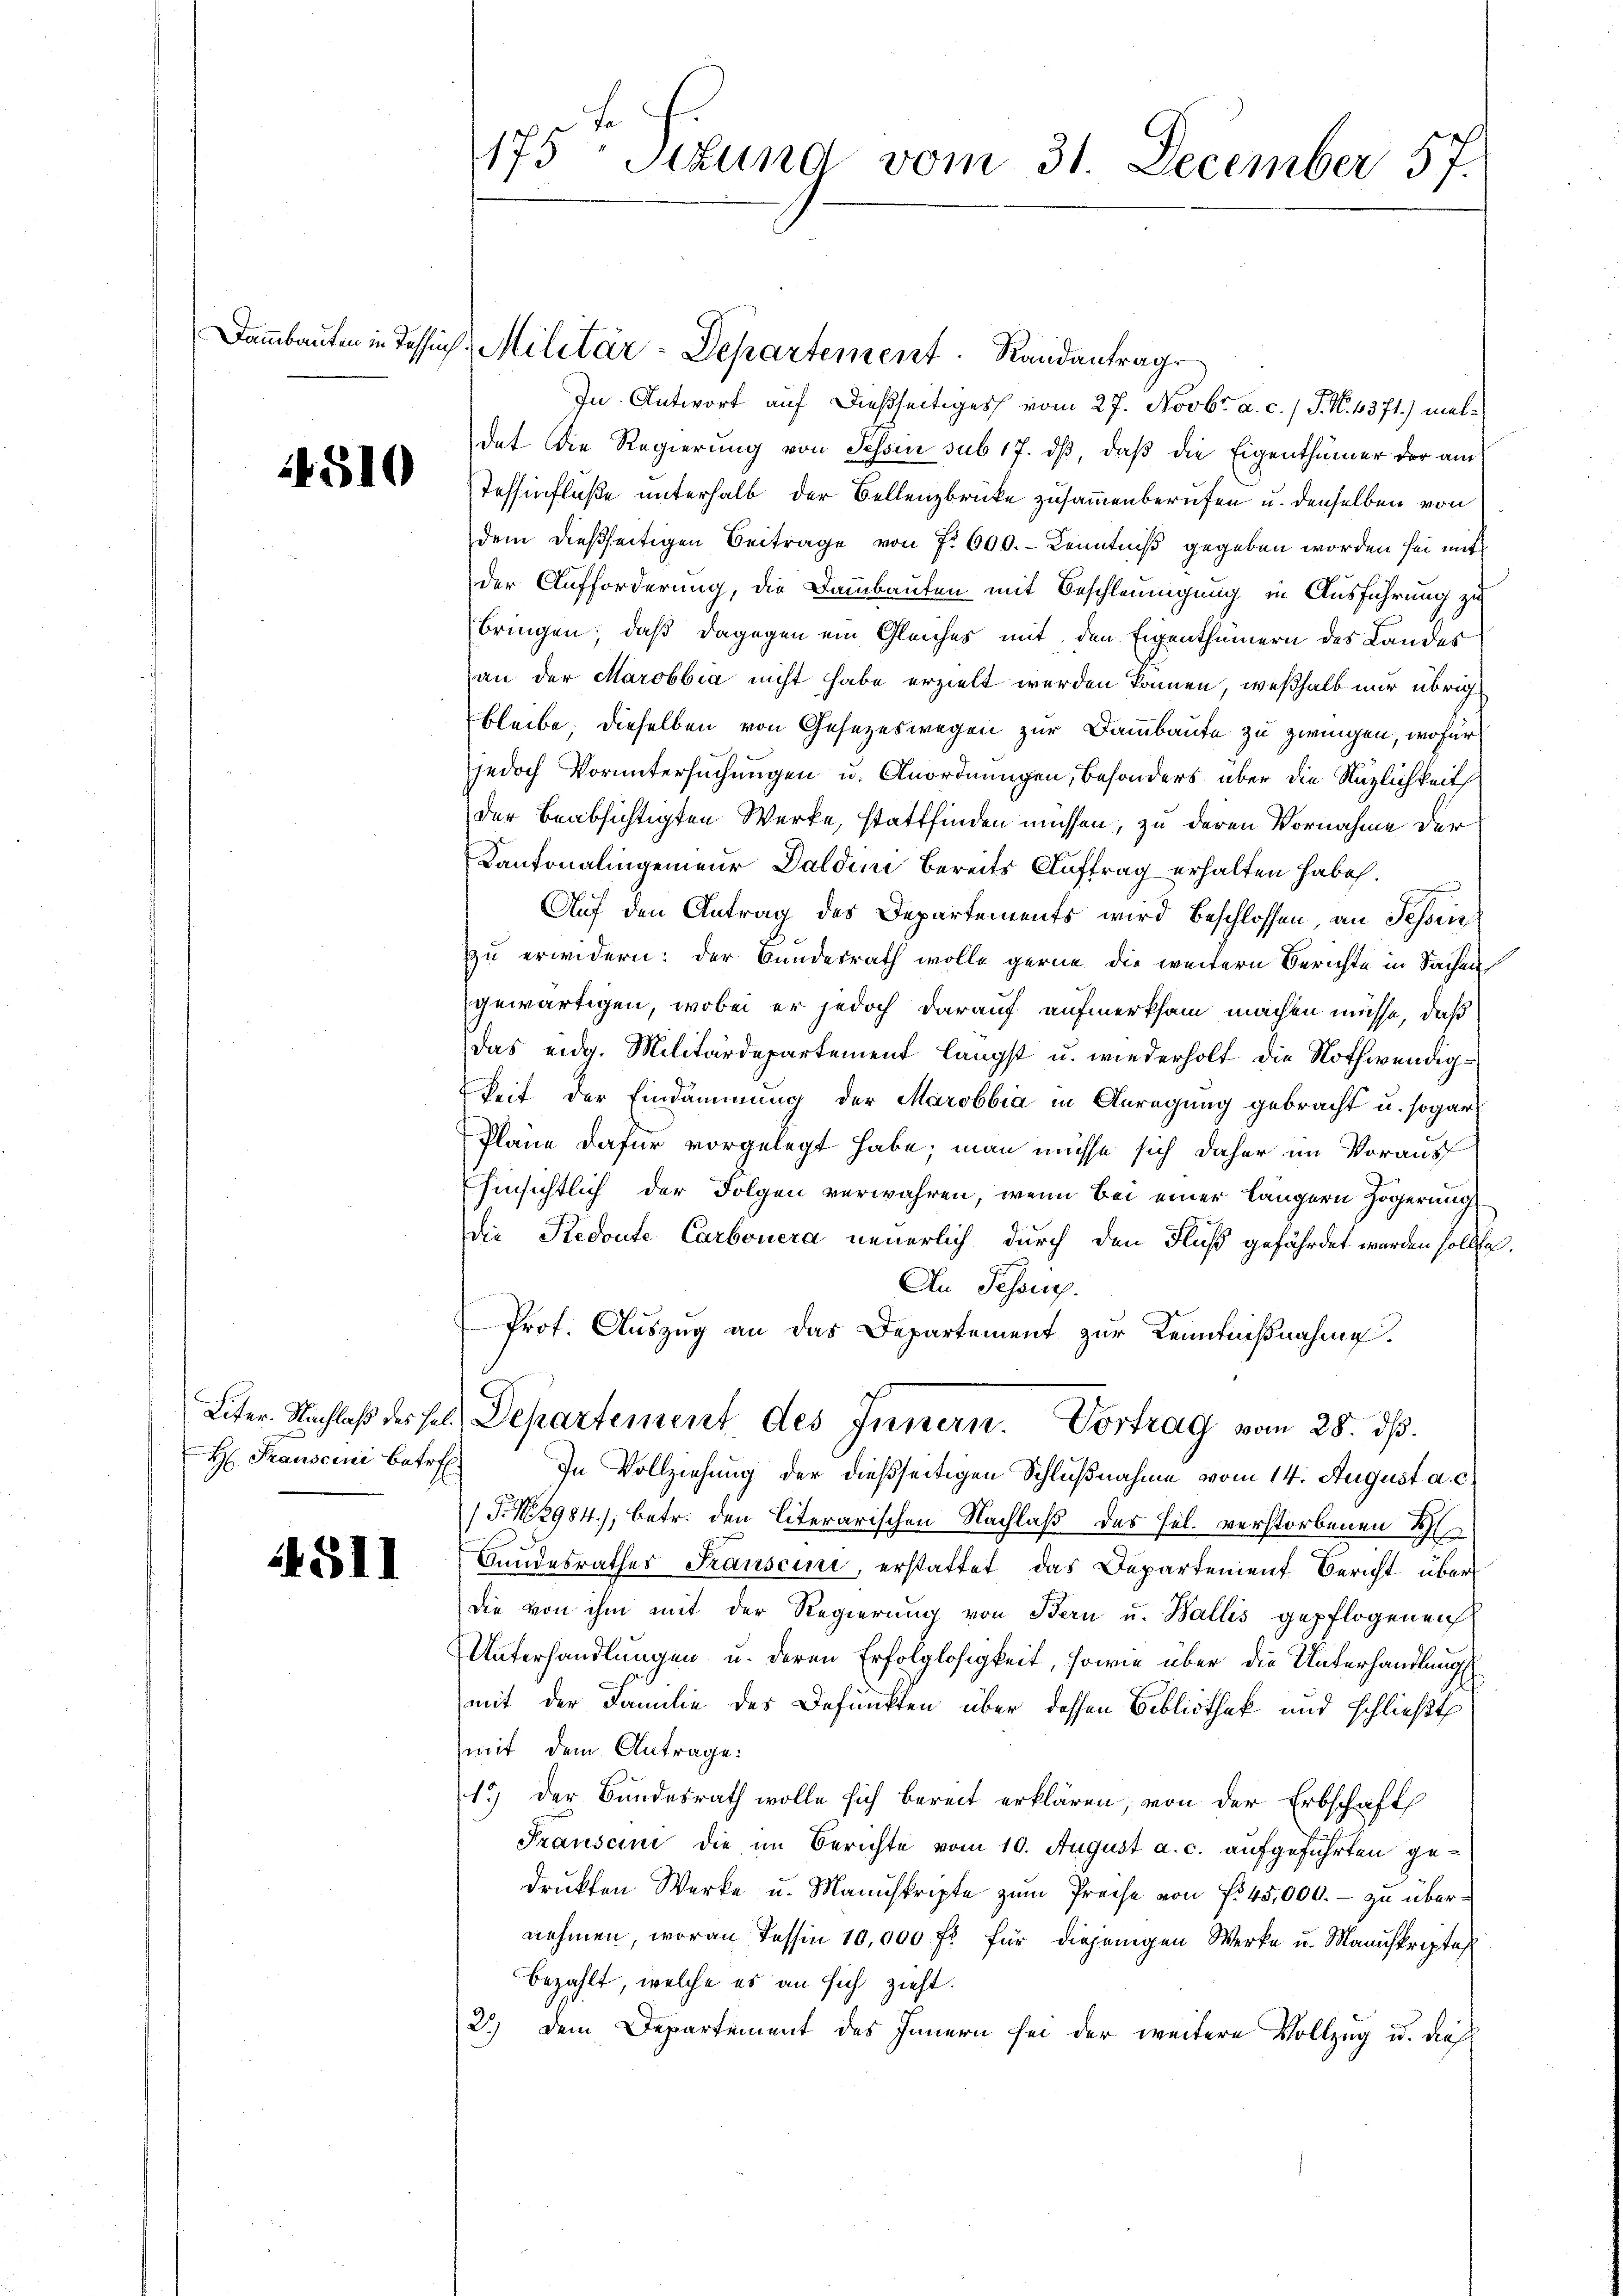
4510

511

In Antwort auf dießseitiges vom 27. Novbr. a. c.) J. N. 4371) meldat die Regierung von Tessin sub 17. ds, daß die Eigenthümer der am
Tessinfluße unterhalb der Bellenzbrücke zusammenberufen u. denselben von
dem dießseitigen Beitrage von 7. 600. - Kenntniß gegeben worden sei mit
der Aufforderung, die Dammbauten mit Beschleunigung in Ausführung zu
bringen; daß dagegen ein Gleiches mit den Eigenthümern des Landes
an der Marobbia nicht habe erzielt werden können, weßhalb nur übrig
bleibe; dieselben von Gesezeswegen zur Dammbaute zu zwingen, wofür
jedoch Voruntersuchungen u. Anordnungen, besonders über die Nützlichkeit
der beabsichtigten Werke, stattfinden müssen, zu deren Vornahme der
Kantonalingenieur Daldini bereits Auftrag erhalten habe.
Aŭf den Antrag des Departements wird beschlossen, an Sessen
zu erwidern: der Bundesrath wolle gerne die weitern Berichte in Sachen
gewärtigen, wobei er jedoch darauf aufmerksam machen müsse, daß
das eidg. Militärdepartement längst u. wiederholt die Nothwendigkeit der Eindammung der Marobbia in Anregung gebracht u. sogar
Pläne dafür vorgelegt habe; man müsse sich daher im Voraus
hinsichtlich der Folgen verwahren, wenn bei einer längern Zögerung
die Redoute Carbonera neuerlich, durch den Fluß gefährdet werden sollte
An Pessus.
Prot. Auszug an das Departement zur Kenntnißnahme
Liter. Nachlaß des sel. Departement des Innern. Vortrag vom 28. ds.
H: Franscini betr. In Vollziehung der dießseitigen Schlußnahme vom 14. August a. c.
/S.N 2984), betr. den literarischen Nachlaß das Fel. verstorbenen B
Bundesrathes Franscini, erstattet, das Departement Bericht über
die von ihm mit der Regierung von Bern u. Wallis gepflogenen
Unterhandlungen u. deren Erfolglosigkeit, sowie über die Unterhandlungs
mit der Familie des Befunkten über dessen Bibliothek und schließt
mit dem Antrage:
1.) Der Bundesrath wolle sich bereit erklären, von der Erbschaft
Transcini die im Berichte vom 10. August a. c. aufgeführten gedruckten Werke u. Manuskripte zum Preise von f. 45,000. - zu übernehmen, woran Tessin 10,000 fl für diejenigen Werke u. Manuskripta
Bezahlt, welche es an sich zieht.
2.) Dem Departement des Innern sei der weitere Vollzug u. dies

175 Stund vom 31. December 57.

Dammbauten in Tessin, Militär-Departement. Randantrag